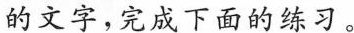
的文字，完成下面的练习。